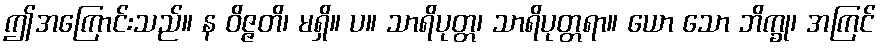
ဤအကြောင်းသည်။ န ဝိဇ္ဇတိ၊ မရှိ။ ပ။ သာရိပုတ္တ၊ သာရိပုတ္တရာ။ ယော သော ဘိက္ခု၊ အကြင်